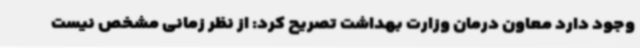
وجود دارد معاون درمان وزارت بهداشت تصریح کرد: از نظر زمانی مشخص نیست